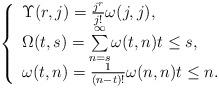
LaTeX: \begin{align*}\left\{ \begin{array}{ll}\Upsilon(r,j)=\frac{j^r}{j!}\omega(j,j),\\\Omega(t,s)=\overset{\infty}{\underset{n=s}{\sum}} \omega(t,n) t\le s,\\\omega(t,n)=\frac{1}{(n-t)!}\omega(n,n) t\le n. \end{array}\right.\end{align*}